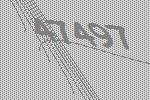
47497